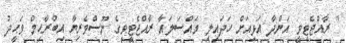
" ރާއްޖެޓީވީ އަންދާ އަޅިއަށް ހަދައިލި މައްސަލައާ ރާއްޖެޓީވީގެ ނޫސްވެރިޔާ އިބްރާޙިމް ވަޙީދު